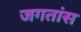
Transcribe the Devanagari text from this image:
जगतांस